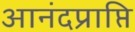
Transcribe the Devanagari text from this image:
आनंदप्राप्ति